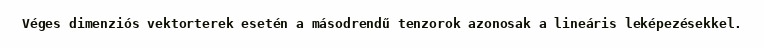
Véges dimenziós vektorterek esetén a másodrendű tenzorok azonosak a lineáris leképezésekkel.